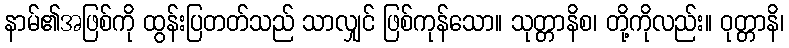
နာမ်၏အဖြစ်ကို ထွန်းပြတတ်သည် သာလျှင် ဖြစ်ကုန်သော။ သုတ္တာနိစ၊ တို့ကိုလည်း။ ဝုတ္တာနိ၊